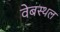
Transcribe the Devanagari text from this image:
वेबस्थल